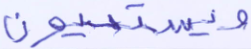
ويستحيون